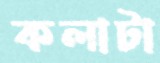
কলাটা